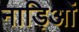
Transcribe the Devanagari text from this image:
नाड़िओं